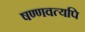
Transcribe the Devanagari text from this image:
षण्णवत्यपि